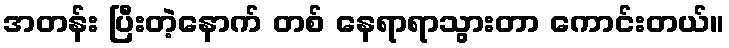
အတန်း ပြီးတဲ့နောက် တစ် နေရာရာသွားတာ ကောင်းတယ်။